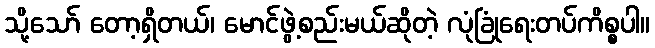
သို့သော် တော့ရှိတယ်၊ မောင်ဖွဲ့စည်းမယ်ဆိုတဲ့ လုံခြုံရေးတပ်ကိစ္စပါ။